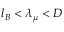
l _ { B } < \lambda _ { \mu } < D